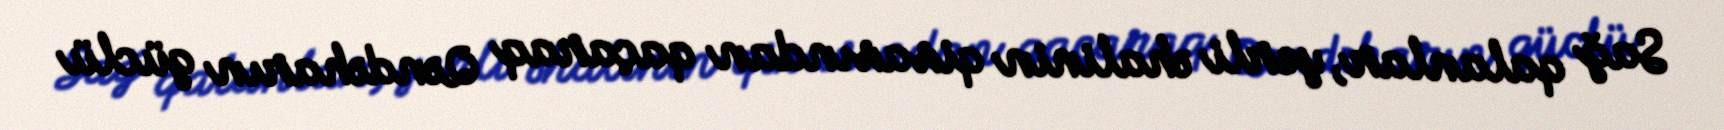
Sağ qalanlar, yerli əhalinin qisasından qaçaraq Qəndəharın güclü